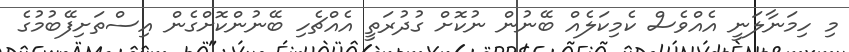
މި ހިމަނާލަނީ އެއްވެސް ކެމިކަލެއް ބޭނުން ނުކޮށް ގުދުރަތީ އެއްޗެހި ބޭނުންކޮށްގެން އިސްތަށިފޭބުމުގެ